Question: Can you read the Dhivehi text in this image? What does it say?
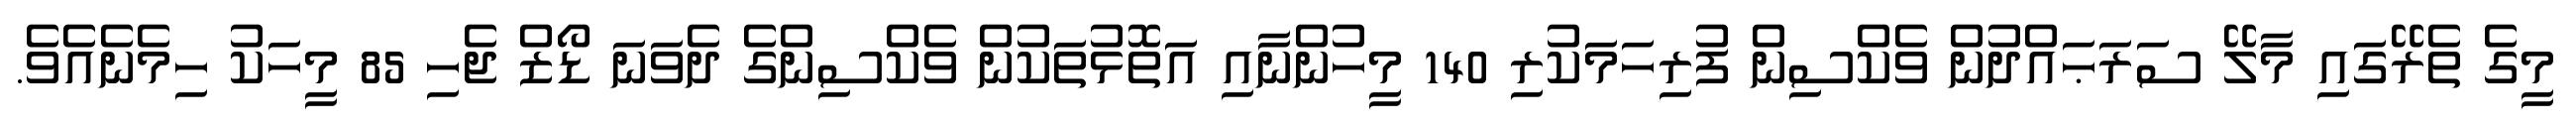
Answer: މީގެ ތެރޭގައި މާލޭ ސަރަޙައްދުން ވެކްސިން ފުރިހަމަކުރި 140 މީހުންނާއި އަތޮޅުތަކުން ވެކްސިންގެ ދެވަނަ ޑޯޒް ޖެހި 85 މީހަކު ހިމެނެއެވެ.